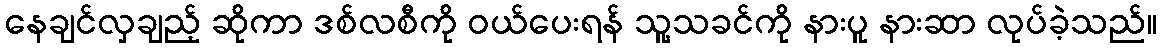
နေချင်လှချည့် ဆိုကာ ဒစ်လစီကို ဝယ်ပေးရန် သူ့သခင်ကို နားပူ နားဆာ လုပ်ခဲ့သည်။